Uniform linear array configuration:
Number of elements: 12
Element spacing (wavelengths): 0.5
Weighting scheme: uniform
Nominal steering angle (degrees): -30
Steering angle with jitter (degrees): -31.93
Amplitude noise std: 0.05
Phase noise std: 0.05

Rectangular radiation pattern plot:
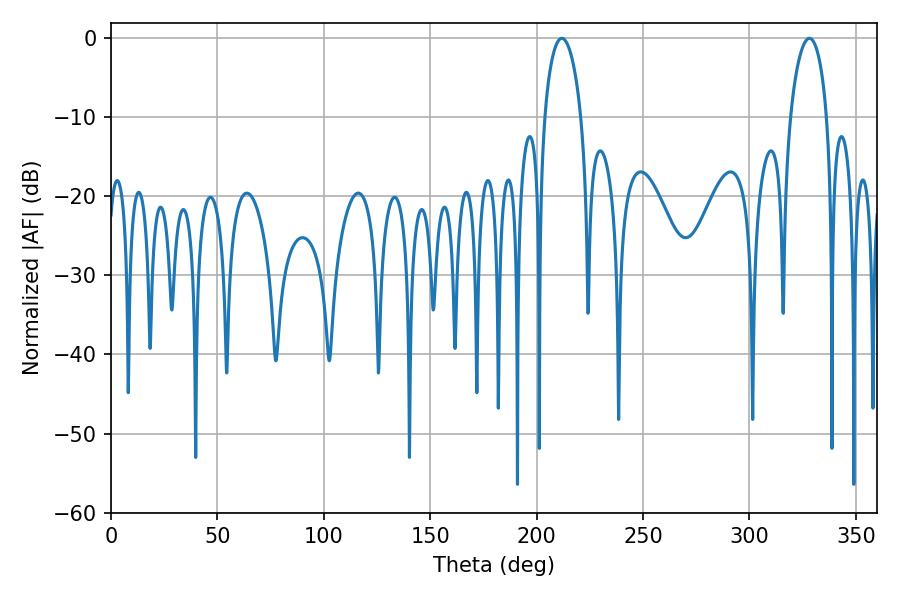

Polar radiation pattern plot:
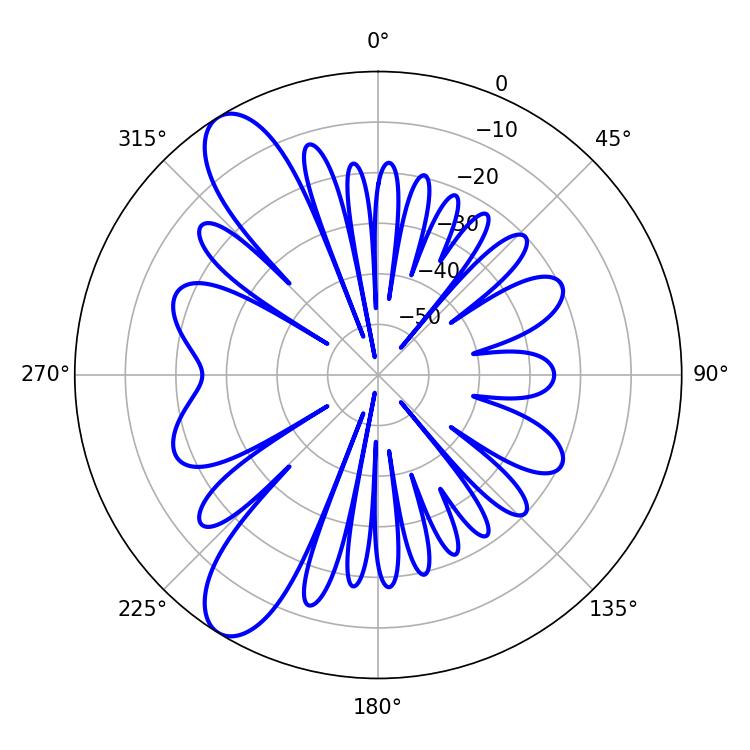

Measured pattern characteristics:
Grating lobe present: FALSE
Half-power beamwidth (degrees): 9.9
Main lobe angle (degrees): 328.14